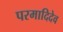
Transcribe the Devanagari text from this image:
परमादिदेव